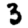
Digit: 3